Vaccination in the Punjab 1883-1896 - 1883-1896
Year: 1883
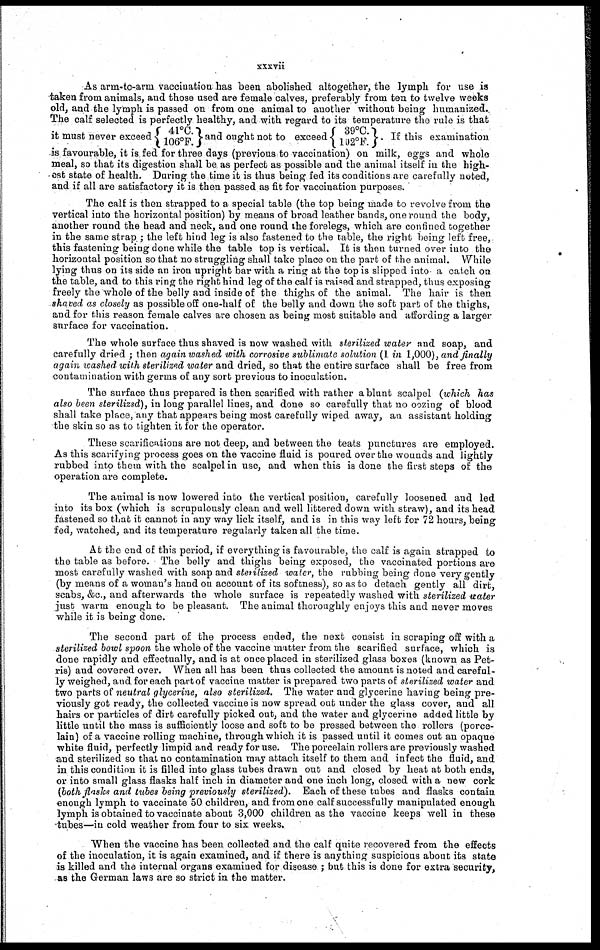
xxxvii
As arm-to-arm vaccination has been abolished altogether, the lymph for use is
taken from animals, and those used are female calves, preferably from ten to twelve weeks
old, and the lymph is passed on from one animal to another without being humanized.
The calf selected is perfectly healthy, and with regard to its temperature the rule is that
it must never exceed 41C°. 106°F. and ought not to exceed 39°F. 102°F. If this examination
is favourable, it is fed for three days (previous to vaccination) on milk, eggs and whole
meal, so that its digestion shall be as perfect as possible and the animal itself in the high-
est state of health. During the time it is thus being fed its conditions are carefully noted,
and if all are satisfactory it is then passed as fit for vaccination purposes.
The calf is then strapped to a special table (the top being made to revolve from the
vertical into the horizontal position) by means of broad leather bands, one round the body,
another round the head and neck, and one round the forelegs, which are confined together
in the same strap ; the left hind leg is also fastened to the table, the right being left free,
this fastening being done while the table top is vertical. It is then turned over into the
horizontal position so that no struggling shall take place on the part of the animal. While
lying thus on its side an iron upright bar with a ring at the top is slipped into a catch on
the table, and to this ring the right hind leg of the calf is raised and strapped, thus exposing
freely the whole of the belly and inside of the thighs of the animal. The hair is then
shaved as closely as possible off one-half of the belly and down the soft part of the thighs,
and for this reason female calves are chosen as being most suitable and affording a larger
surface for vaccination.
The whole surface thus shaved is now washed with sterilized water and soap, and
carefully dried ; then again washed with corrosive sublimate solution (1 in 1,000), and finally
again washed with sterilized water and dried, so that the entire surface shall be free from
contamination with germs of any sort previous to inoculation.
The surface thus prepared is then scarifed with rather a blunt scalpel (which has
also been sterilized), in long parallel lines, and done so carefully that no oozing of blood
shall take place, any that appears being most carefully wiped away, an assistant holding
the skin so as to tighten it for the operator.
These scarifications are not deep, and between the teats punctures are employed.
As this scarifying process goes on the vaccine fluid is poured over the wounds and lightly
rubbed into them with the scalpel in use, and when this is done the first steps of the
operation are complete.
The animal is now lowered into the vertical position, carefully loosened and led
into its box (which is scrupulously clean and well littered down with straw), and its head
fastened so that it cannot in any way lick itself, and is in this way left for 72 hours, being
fed, watched, and its temperature regularly taken all the time.
At the end of this period, if everything is favourable, the calf is again strapped to
the table as before. The belly and thighs being exposed, the vaccinated portions are
most carefully washed with soap and sterilized water, the rubbing being done very gently
(by means of a woman's hand on account of its softness), so as to detach gently all dirt,
scabs, &c, and afterwards the whole surface is repeatedly washed with sterilized water
just warm enough to be pleasant. The animal thoroughly enjoys this and never moves
while it is being done.
The second part of the process ended, the next consist in scraping off with a
sterilized bowl spoon the whole of the vaccine matter from the scarified surface, which is
done rapidly and effectually, and is at once placed in sterilized glass boxes (known as Pet¬
ris) and covered over. When all has been thus collected the amount is noted and careful-
ly weighed, and for each part of vaccine matter is prepared two parts of sterilized water and
two parts of neutral glycerine, also sterilized. The water and glycerine having being pre-
viously got ready, the collected vaccine is now spread out under the glass cover, and all
hairs or particles of dirt carefully picked out, and the water and glycerine added little by
little until the mass is sufficiently loose and soft to be pressed between the rollers (porce-
lain) of a vaccine rolling machine, through which it is passed until it comes out an opaque
white fluid, perfectly limpid and ready for use. The porcelain rollers are previously washed
and sterilized so that no contamination may attach itself to them and infect the fluid, and
in this condition it is filled into glass tubes drawn out and closed by heat at both ends,
or into small glass flasks half inch in diameter and one inch long, closed with a new cork
(both flasks and tubes being previously sterilized).
Each of these tubes and flasks contain
enough lymph to vaccinate 50 children, and from one calf successfully manipulated enough
lymph is obtained to vaccinate about 3,000 children as the vaccine keeps well in these
tubes—in cold weather from four to six weeks.
When the vaccine has been collected and the calf quite recovered from the effects
of the inoculation, it is again examined, and if there is anything suspicious about its state
is killed and the internal organs examined for disease ; but this is done for extra security,
as the German laws are so strict in the matter.